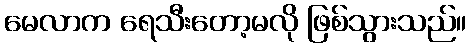
မေလာက ရေသီးတော့မလို ဖြစ်သွားသည်။